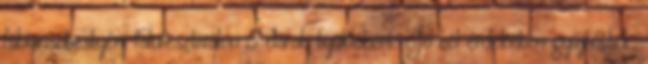
fábiánsebestyéni falufesztiválon 5 darab tyúklábért. Jó cél érdekében gyűjtöttek: